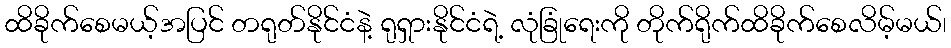
ထိခိုက်စေမယ့်အပြင် တရုတ်နိုင်ငံနဲ့ ရုရှားနိုင်ငံရဲ့ လုံခြုံရေးကို တိုက်ရိုက်ထိခိုက်စေလိမ့်မယ်၊